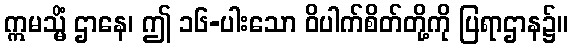
ဣမသ္မိံ ဌာနေ၊ ဤ ၁၆-ပါးသော ဝိပါက်စိတ်တို့ကို ပြရာဌာန၌။